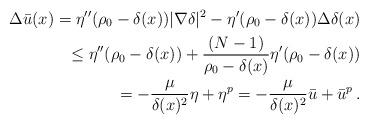
LaTeX: \begin{align*} \Delta \bar{u}(x) = \eta''(\rho_0 -\delta(x))|\nabla \delta|^2 - \eta'(\rho_0 -\delta(x))\Delta\delta(x) \\ \le \eta''(\rho_0 -\delta(x)) + \frac{(N-1)}{\rho_0 -\delta(x)}\eta'(\rho_0 -\delta(x)) \\ = - \frac{\mu}{\delta(x)^2}\eta + \eta^p = - \frac{\mu}{\delta(x)^2}\bar{u} + \bar{u}^p \,. \end{align*}